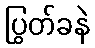
ပြွတ်ခနဲ